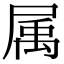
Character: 属